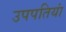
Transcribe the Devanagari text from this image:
उपपतियां